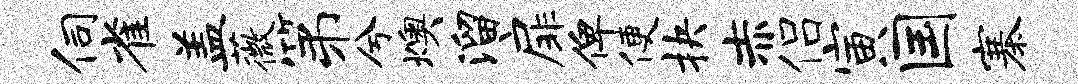
伺雀盖薇第兮燠溜扉俾便抉赤侣寅国寨